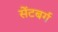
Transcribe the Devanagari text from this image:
सेंटबर्ग